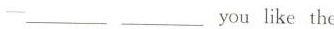
--___ ___ you like the